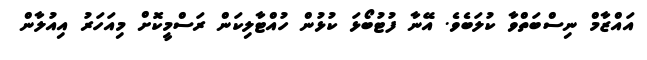
އައްޒާމް ނިސްބަތްވާ ކުލަބެވެ. އޭނާ ފުޓުބޯޅަ ކުޅުން ހުއްޓާލިކަން ރަސްމީކޮށް މިއަހަރު އިއުލާން